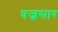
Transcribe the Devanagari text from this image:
वज्रसार